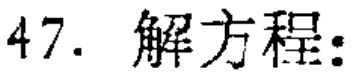
47. 解方程: